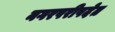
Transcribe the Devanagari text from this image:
नगरपरीषदेत